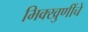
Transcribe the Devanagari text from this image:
भिक्खुणींचे